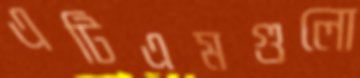
এটিএমগুলো